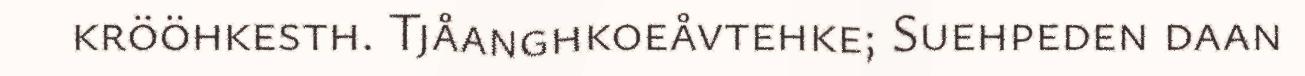
krööhkesth. Tjåanghkoeåvtehke; Suehpeden daan